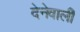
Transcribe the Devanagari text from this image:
देनेवालीे